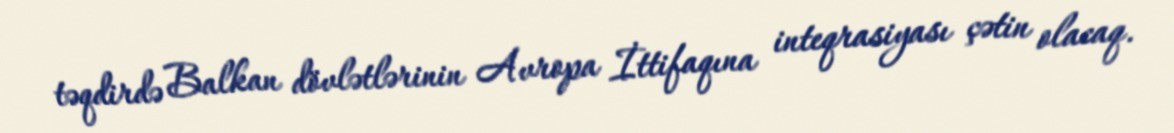
təqdirdə Balkan dövlətlərinin Avropa İttifaqına inteqrasiyası çətin olacaq.